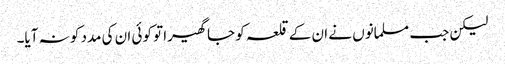
لیکن جب مسلمانوں نے ان کے قلعہ کو جا گھیرا تو کوئی ان کی مدد کو نہ آیا۔